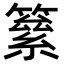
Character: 𥳮